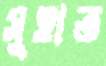
সুহাত